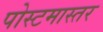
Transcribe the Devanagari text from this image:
पोस्टमास्तर